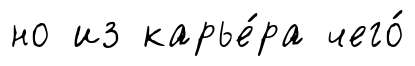
но из карье́ра чего́